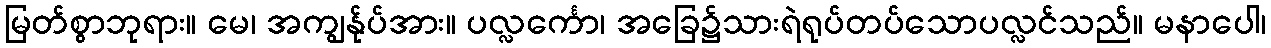
မြတ်စွာဘုရား။ မေ၊ အကျွန်ုပ်အား။ ပလ္လင်္ကော၊ အခြေ၌သားရဲရုပ်တပ်သောပလ္လင်သည်။ မနာပေါ၊